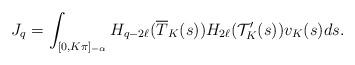
LaTeX: \begin{align*} J_q=\int_{[0,K\pi]_{-\alpha}}H_{q-2\ell}(\overline{T}_K(s))H_{2\ell}(\mathcal {T}^{\prime}_K(s))v_K(s)ds.\end{align*}